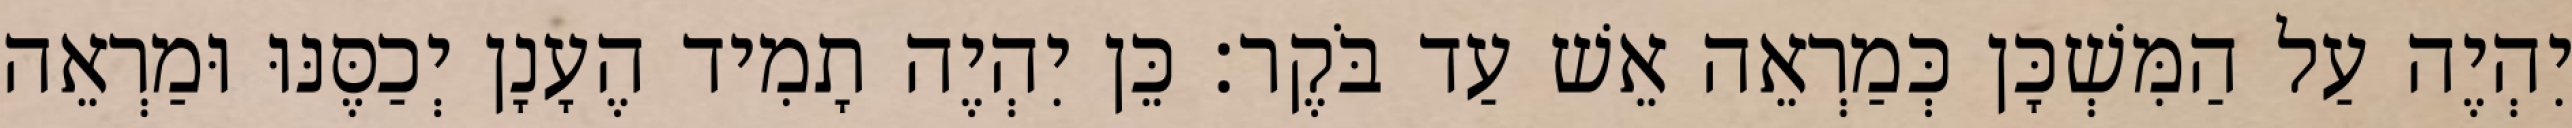
יִהְיֶה עַל הַמִּשְׁכָּן כְּמַרְאֵה אֵשׁ עַד בֹּקֶר׃ כֵּן יִהְיֶה תָמִיד הֶעָנָן יְכַסֶּנּוּ וּמַרְאֵה